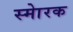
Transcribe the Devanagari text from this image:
स्माेरक